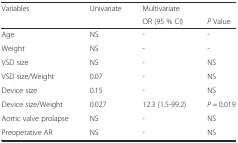
<table><thead><tr><td><b>Variables</b></td><td><b>Univariate</b></td><td><b>Multivariate</b></td><td></td></tr><tr><td></td><td></td><td><b>OR (95 % CI)</b></td><td><b><i>P</i> Value</b></td></tr></thead><tbody><tr><td>Age</td><td>NS</td><td>-</td><td>-</td></tr><tr><td>Weight</td><td>NS</td><td>-</td><td>-</td></tr><tr><td>VSD size</td><td>NS</td><td>-</td><td>NS</td></tr><tr><td>VSD size/Weight</td><td>0.07</td><td>-</td><td>NS</td></tr><tr><td>Device size</td><td>0.15</td><td>-</td><td>NS</td></tr><tr><td>Device size/Weight</td><td>0.027</td><td>12.3 (1.5-99.2)</td><td><i>P</i> = 0.019</td></tr><tr><td>Aortic valve prolapse</td><td>NS</td><td>-</td><td>NS</td></tr><tr><td>Preoperative AR</td><td>NS</td><td>-</td><td>NS</td></tr></tbody></table>